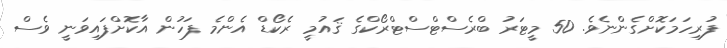
ފުރިހަމަކޮށްގެންނެވެ. 50 މީޓަރު ބްރެސްޓްސްޓްރޯކްގެ ޤައުމީ ރެކޯޑް އެންމެ ފަހުން އާކޮށްފައިވަނީ ވެސް